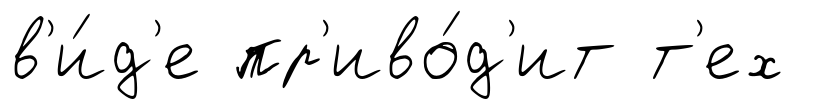
в'и́д'е пр'иво́д'ит т'ех